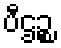
ပီဌဉ္စ